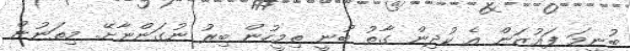
ބުނީމަ ފައުޒަން އެ ކުދިން ގާތު ބުނީ ތިމީހުން ބިރު ނުގަންނާށޭ. މިތަނުން